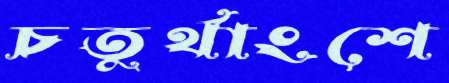
চতুর্থাংশে